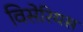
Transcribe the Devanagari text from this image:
विसेरियस